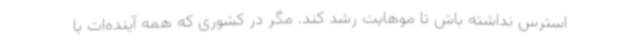
استرس نداشته باش تا موهایت رشد کند. مگر در کشوری که همه آینده‌ات با